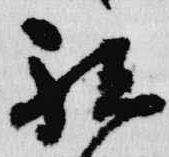
祗